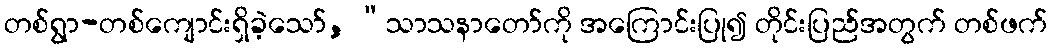
တစ်ရွာ-တစ်ကျောင်းရှိခဲ့သော်, “သာသနာတော်ကို အကြောင်းပြု၍ တိုင်းပြည်အတွက် တစ်ဖက်